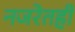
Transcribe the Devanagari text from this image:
नजरेतही